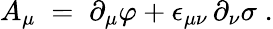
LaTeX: A_{\mu}\; =\; \partial_{\mu}\varphi+\epsilon_{\mu\nu}\, \partial_{\nu}\sigma\; .